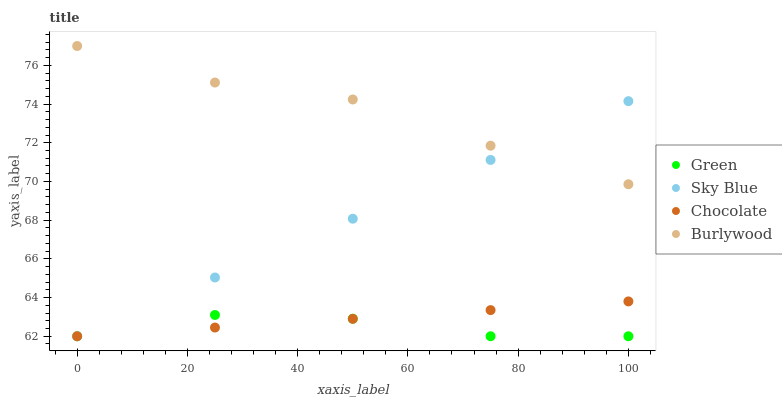
| xaxis_label | Green | Sky Blue | Chocolate | Burlywood |
 | --- | --- | --- | --- | --- |
 | 0 | 62 | 62 | 62 | 77 |
 | 25 | 63.1 | 65 | 62.5 | 75.1 |
 | 50 | 62.9 | 68.1 | 62.9 | 74.2 |
 | 75 | 62 | 71.1 | 63.4 | 71.8 |
 | 100 | 62 | 74.2 | 63.8 | 69.9 |